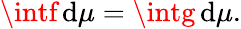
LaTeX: \intf\, \mathrm{d}\mu=\intg\, \mathrm{d}\mu.